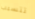
تتسبب